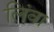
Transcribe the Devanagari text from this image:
लिंवा